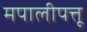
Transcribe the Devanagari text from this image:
मपालीपत्तू